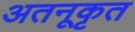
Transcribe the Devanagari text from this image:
अतनूकृत